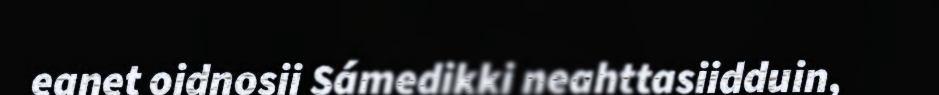
eanet oidnosii Sámedikki neahttasiidduin,